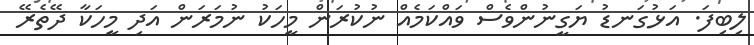
ލިބިފަ. އަޅުގަނޑު ޔަގީނުންވެސް ވައްކަމެއް ނުކުރަން މީހަކު ނުމަރަން އަދި މީހަކާ ދޭތެރޭ